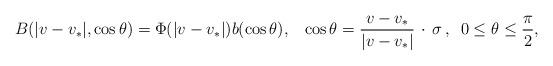
LaTeX: \begin{align*}B(|v-v_*|, \cos \theta)=\Phi (|v-v_*|) b(\cos \theta),\,\,\,\,\,\cos \theta=\frac{v-v_*}{|v-v_*|} \, \cdot\,\sigma\, , \,\,\,0\leq\theta\leq\frac{\pi}{2},\end{align*}